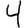
Digit: 4